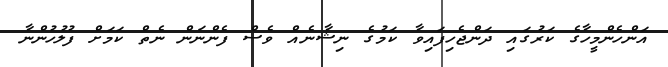
އަންހެންމީހާގެ ކަރުގައި ދަންޖެހިފައިވާ ކަމުގެ ނިޝާނެއް ވެސް ފެންނަން ނެތް ކަމަށް ފުލުހުންނާ